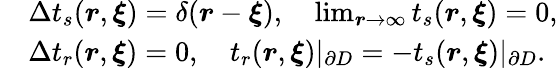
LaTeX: \begin{array}{rl}&{\Delta t_{s}(\boldsymbol{r},\boldsymbol{\xi})=\delta(\boldsymbol{r}-\boldsymbol{\xi}),\quad\operatorname*{lim}_{\boldsymbol{r}\to\infty}t_{s}(\boldsymbol{r},\boldsymbol{\xi})=0,}\\ &{\Delta t_{r}(\boldsymbol{r},\boldsymbol{\xi})=0,\quad t_{r}(\boldsymbol{r},\boldsymbol{\xi})|_{\partial D}=-t_{s}(\boldsymbol{r},\boldsymbol{\xi})|_{\partial D}.}\end{array}